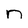
Character: n